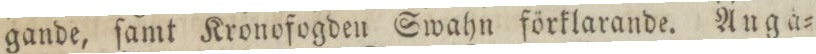
gande, ſamt Kronofogden Swahn förklarande. Anga=